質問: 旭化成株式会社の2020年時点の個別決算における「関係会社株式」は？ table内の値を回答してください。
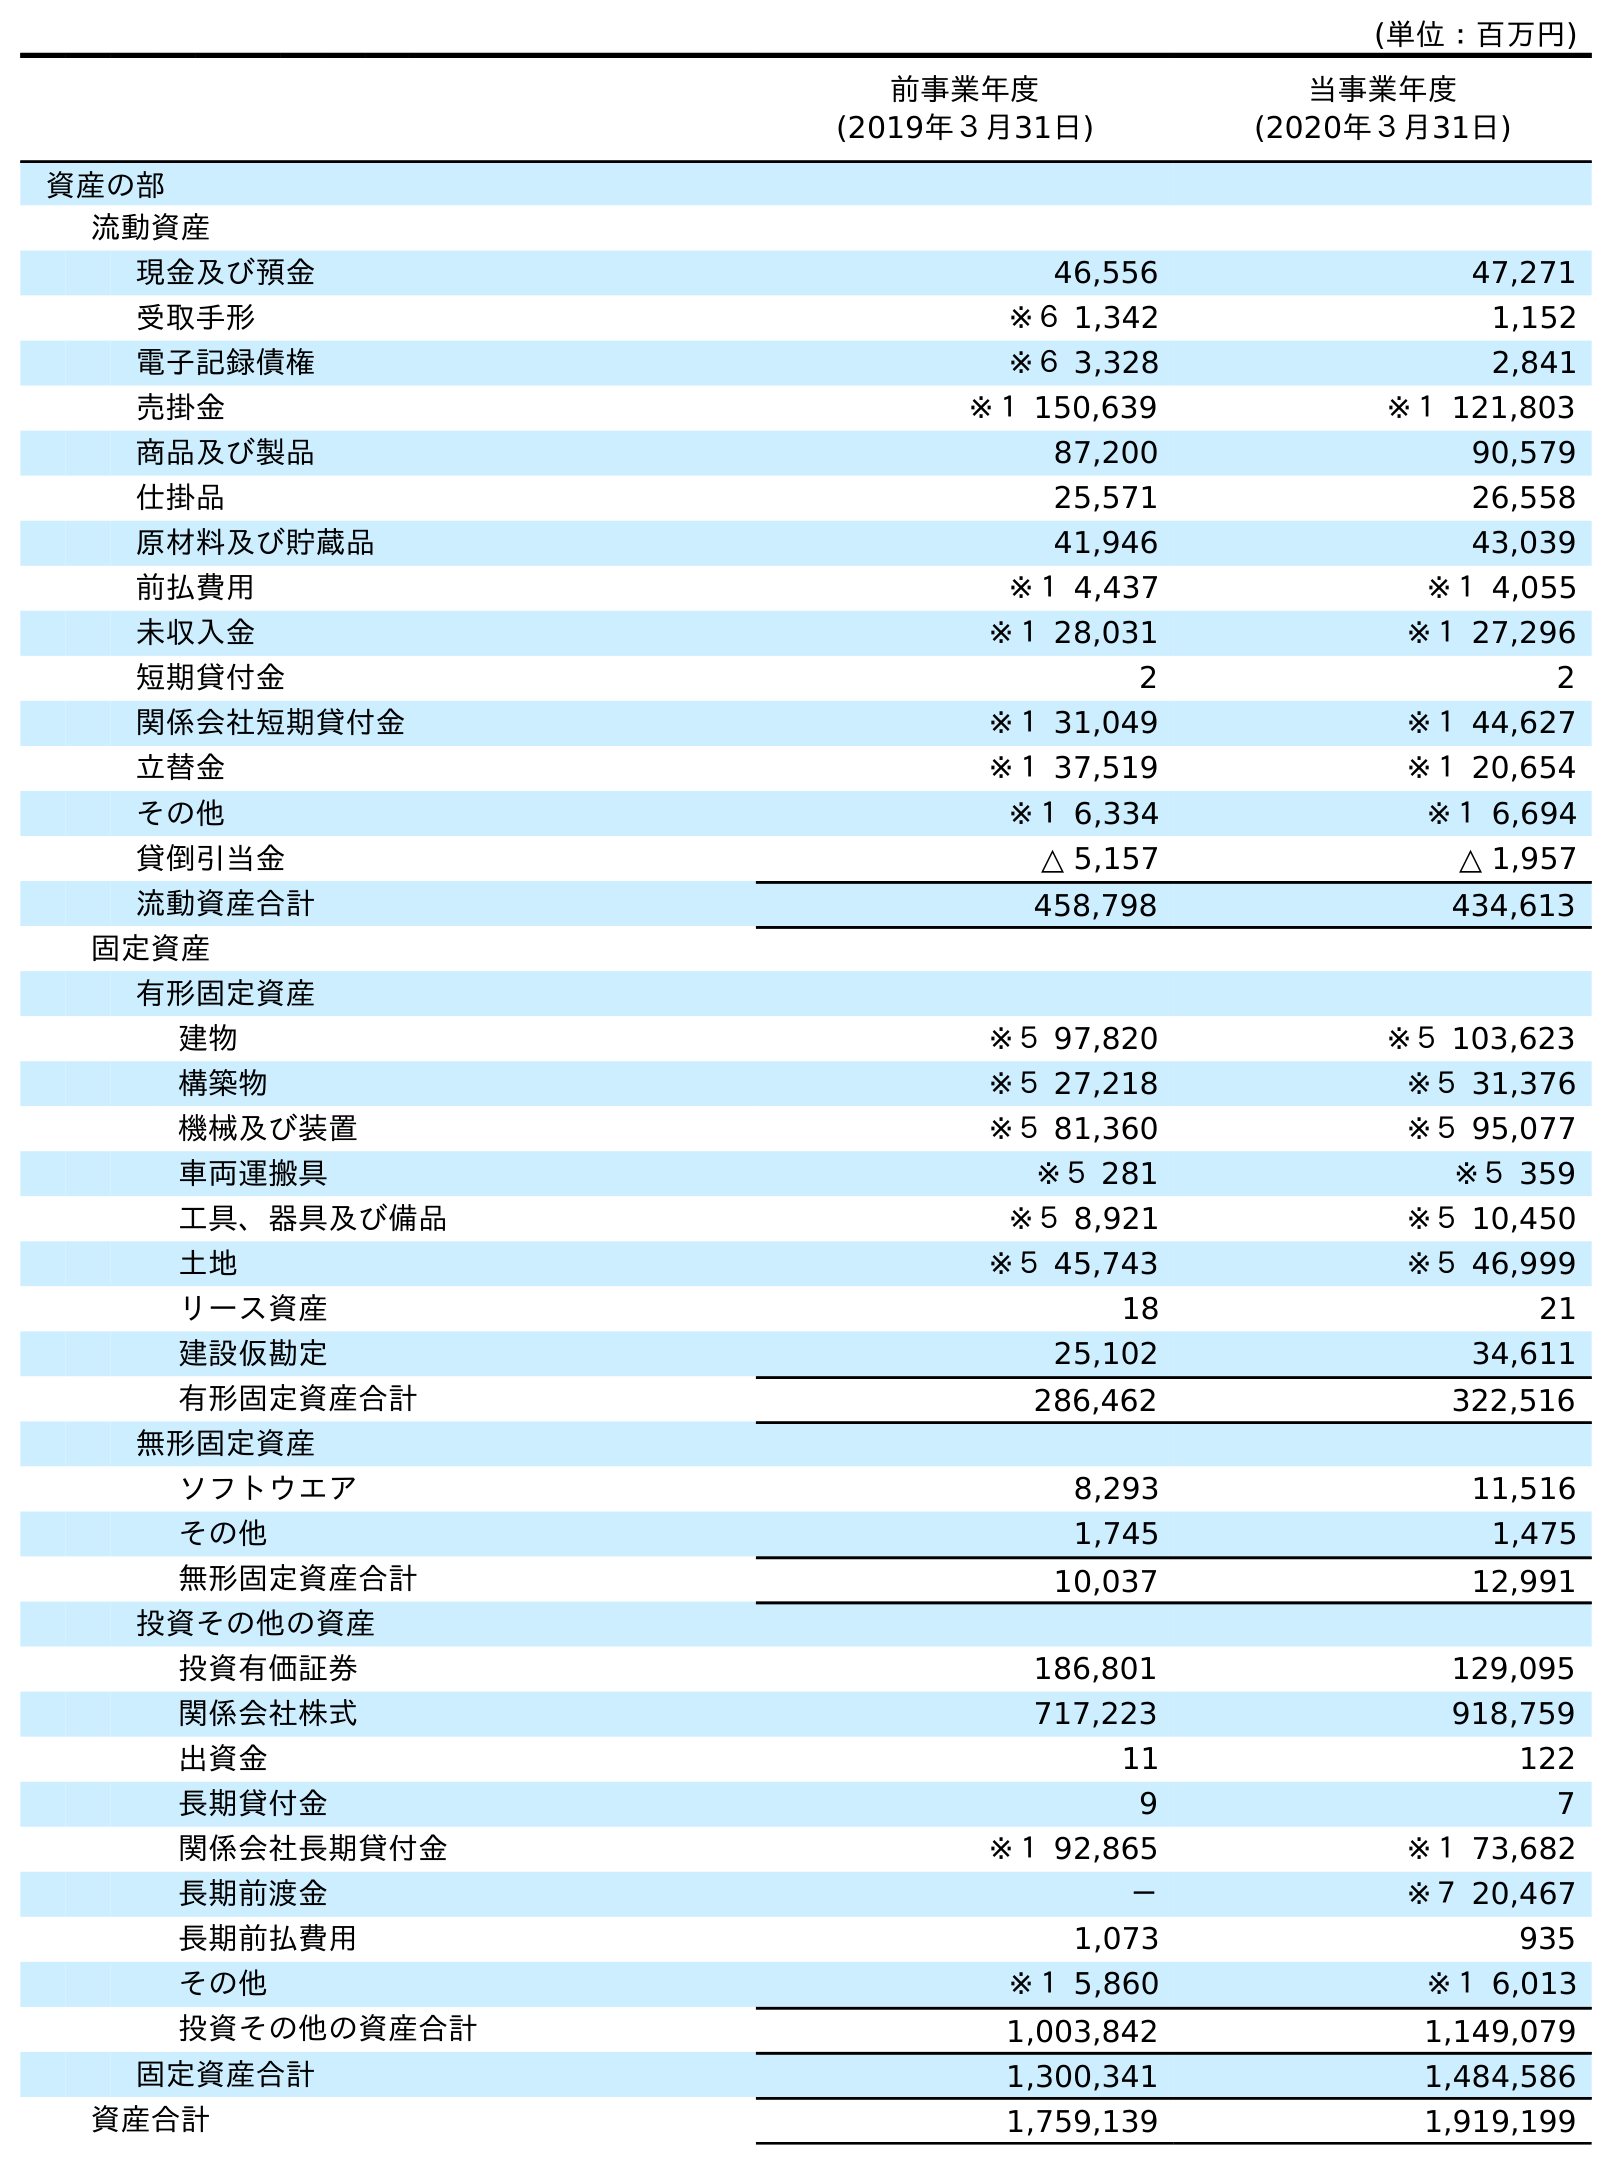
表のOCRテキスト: (単位：百万円) 前事業年度 (2019年３月31日) 当事業年度 (2020年３月31日) 資産の部 流動資産 現金及び預金 46,556 47,271 受取手形 ※６ 1,342 1,152 電子記録債権 ※６ 3,328 2,841 売掛金 ※１ 150,639 ※１ 121,803 商品及び製品 87,200 90,579 仕掛品 25,571 26,558 原材料及び貯蔵品 41,946 43,039 前払費用 ※１ 4,437 ※１ 4,055 未収入金 ※１ 28,031 ※１ 27,296 短期貸付金 2 2 関係会社短期貸付金 ※１ 31,049 ※１ 44,627 立替金 ※１ 37,519 ※１ 20,654 その他 ※１ 6,334 ※１ 6,694 貸倒引当金 △ 5,157 △ 1,957 流動資産合計 458,798 434,613 固定資産 有形固定資産 建物 ※５ 97,820 ※５ 103,623 構築物 ※５ 27,218 ※５ 31,376 機械及び装置 ※５ 81,360 ※５ 95,077 車両運搬具 ※５ 281 ※５ 359 工具、器具及び備品 ※５ 8,921 ※５ 10,450 土地 ※５ 45,743 ※５ 46,999 リース資産 18 21 建設仮勘定 25,102 34,611 有形固定資産合計 286,462 322,516 無形固定資産 ソフトウエア 8,293 11,516 その他 1,745 1,475 無形固定資産合計 10,037 12,991 投資その他の資産 投資有価証券 186,801 129,095 関係会社株式 717,223 918,759 出資金 11 122 長期貸付金 9 7 関係会社長期貸付金 ※１ 92,865 ※１ 73,682 長期前渡金 － ※７ 20,467 長期前払費用 1,073 935 その他 ※１ 5,860 ※１ 6,013 投資その他の資産合計 1,003,842 1,149,079 固定資産合計 1,300,341 1,484,586 資産合計 1,759,139 1,919,199
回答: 918,759